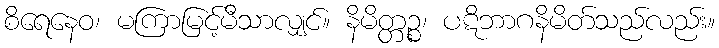
စိရေနေဝ၊ မကြာမြင့်မီသာလျှင်။ နိမိတ္တဉ္စ၊ ပဋိဘာဂနိမိတ်သည်လည်း။